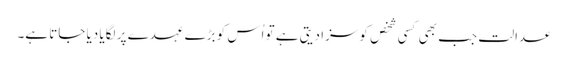
عدالت جب بھی کسی شخص کو سزا دیتی ہے تو اُس کو بڑے عہدے پر لگایا دیا جاتا ہے۔